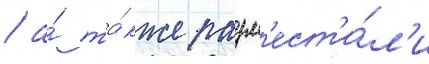
/ а́ та́кже разм'ест'и́л'и